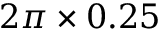
2 \pi \times 0 . 2 5